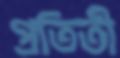
প্রতিতী